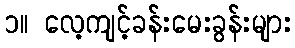
၁။ လေ့ကျင့်ခန်းမေးခွန်းများ